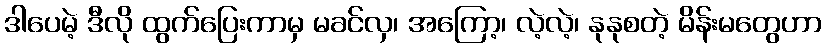
ဒါပေမဲ့ ဒီလို ထွက်ပြေးကာမှ မခင်လှ၊ အကြော့၊ လဲ့လဲ့၊ နုနုစတဲ့ မိန်းမတွေဟာ